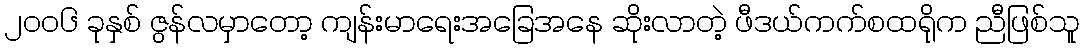
၂၀၀၆ ခုနှစ် ဇွန်လမှာတော့ ကျန်းမာရေးအခြေအနေ ဆိုးလာတဲ့ ဖီဒယ်ကက်စထရိုက ညီဖြစ်သူ